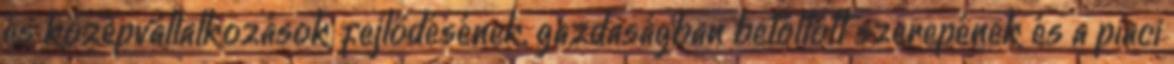
és középvállalkozások fejlődésének, gazdaságban betöltött szerepének és a piaci